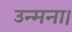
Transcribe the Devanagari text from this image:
उन्मना।